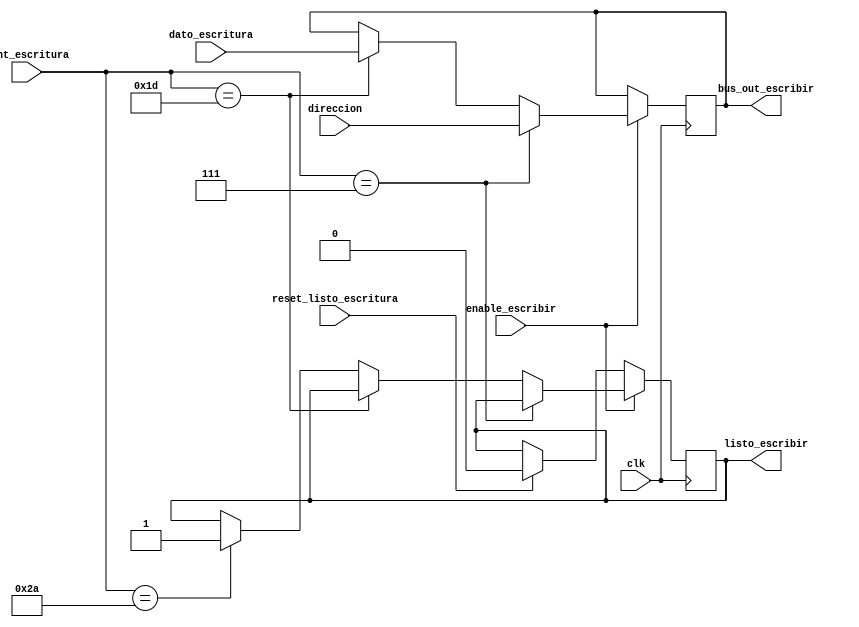
`timescale 1ns / 1ps

//Este bloque se encarga de definir la secuencia para el envo de datos al RTC cuando se quiera configurar algn parmetro del reloj

module Control_Escritura(
	input clk, enable_escribir, //Seal de reloj del sistema y seal de enable de la FSM
	input [5:0] cont_escritura, //Contador del bloque Signal_Control_Escritura
	input [7:0] dato_escritura, //BCD
	input [7:0]direccion,		 // Direccin del registro a escribir
	input reset_listo_escritura,//Viene de FSM
	output reg listo_escribir, //Salida hacia la FSM
	output  reg [7:0] bus_out_escribir //Salida del bus con el dato de direccion y con el dato que se quiere guardar
    );
 
 always @ (posedge clk)
begin
	if (enable_escribir) begin 
		  if (cont_escritura==6'd7) bus_out_escribir<=direccion;
	else if (cont_escritura==6'd29) bus_out_escribir<= dato_escritura;
	else if (cont_escritura==6'd42) listo_escribir<=1'b1; //Cuando termina de hacer toda la secuencia activa la seal de listo escritura
																			//para indicar a la FSM que el proceso ha finalizado
	end 
	else begin if(reset_listo_escritura==1'b1) listo_escribir<=1'b0; //Si recibe la seal de reset de la FSM el contador se inicializa para 
																			//esperar que se habilite el proceso nuevamente
	else bus_out_escribir<=bus_out_escribir; end
end 

endmodule